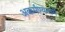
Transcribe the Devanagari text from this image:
अकर्मण्यतामें